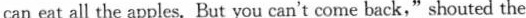
can eat all the apples. But you can't come back,"shouted the